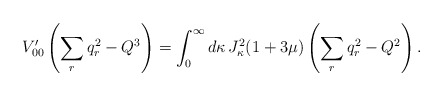
\begin{align*}V_{00}'\left(\sum_{r}q_r^2-Q^3\right)=\int_0^{\infty}d\kappa\,J_{\kappa}^2(1+3\mu)\left(\sum_{r}q_r^2-Q^2\right).\end{align*}